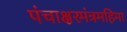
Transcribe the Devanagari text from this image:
पंचाक्षरमंत्रमहिमा